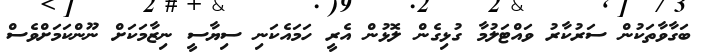
ބަގާވާތަކުން ސަރުކާރު ވައްޓަލުމާ ގުޅިގެން ލޮޅުން އެރީ ހަމައެކަނި ސިޔާސީ ނިޒާމަކަށް ނޫންކަމަށްވެސް